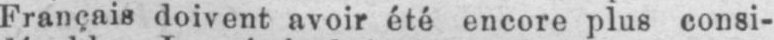
Français doivent avoir été encore plus consi-